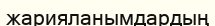
жарияланымдардың